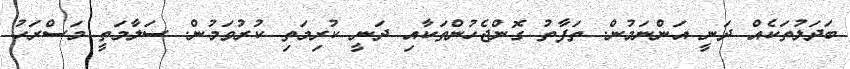
ބަދަލުތަކެއް ދަނީ އަންނަމުން. ތަފާތު ގޮންޖެހުންތަކާއި ދަނީ ކުރިމަތި ކުރުވަމުން. ސަލާމަތީ މަސްރަހު